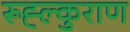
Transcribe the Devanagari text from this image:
रूह्ल्कुराण